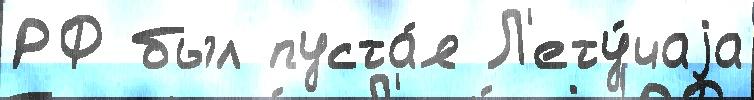
РФ был пуста́я Л'ету́чаjа